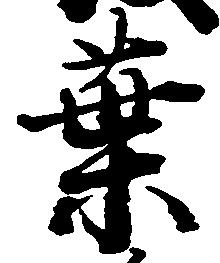
葉